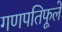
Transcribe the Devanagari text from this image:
गणपतिफूले